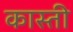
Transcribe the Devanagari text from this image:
कास्ती